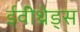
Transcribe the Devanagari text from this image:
ईवीथ्रेड्स